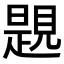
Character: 𧡨